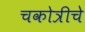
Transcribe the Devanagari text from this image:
चकोत्रीचे